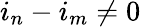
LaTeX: i_{n}-i_{m}\neq 0